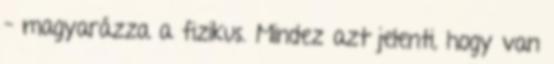
– magyarázza a fizikus. Mindez azt jelenti, hogy van